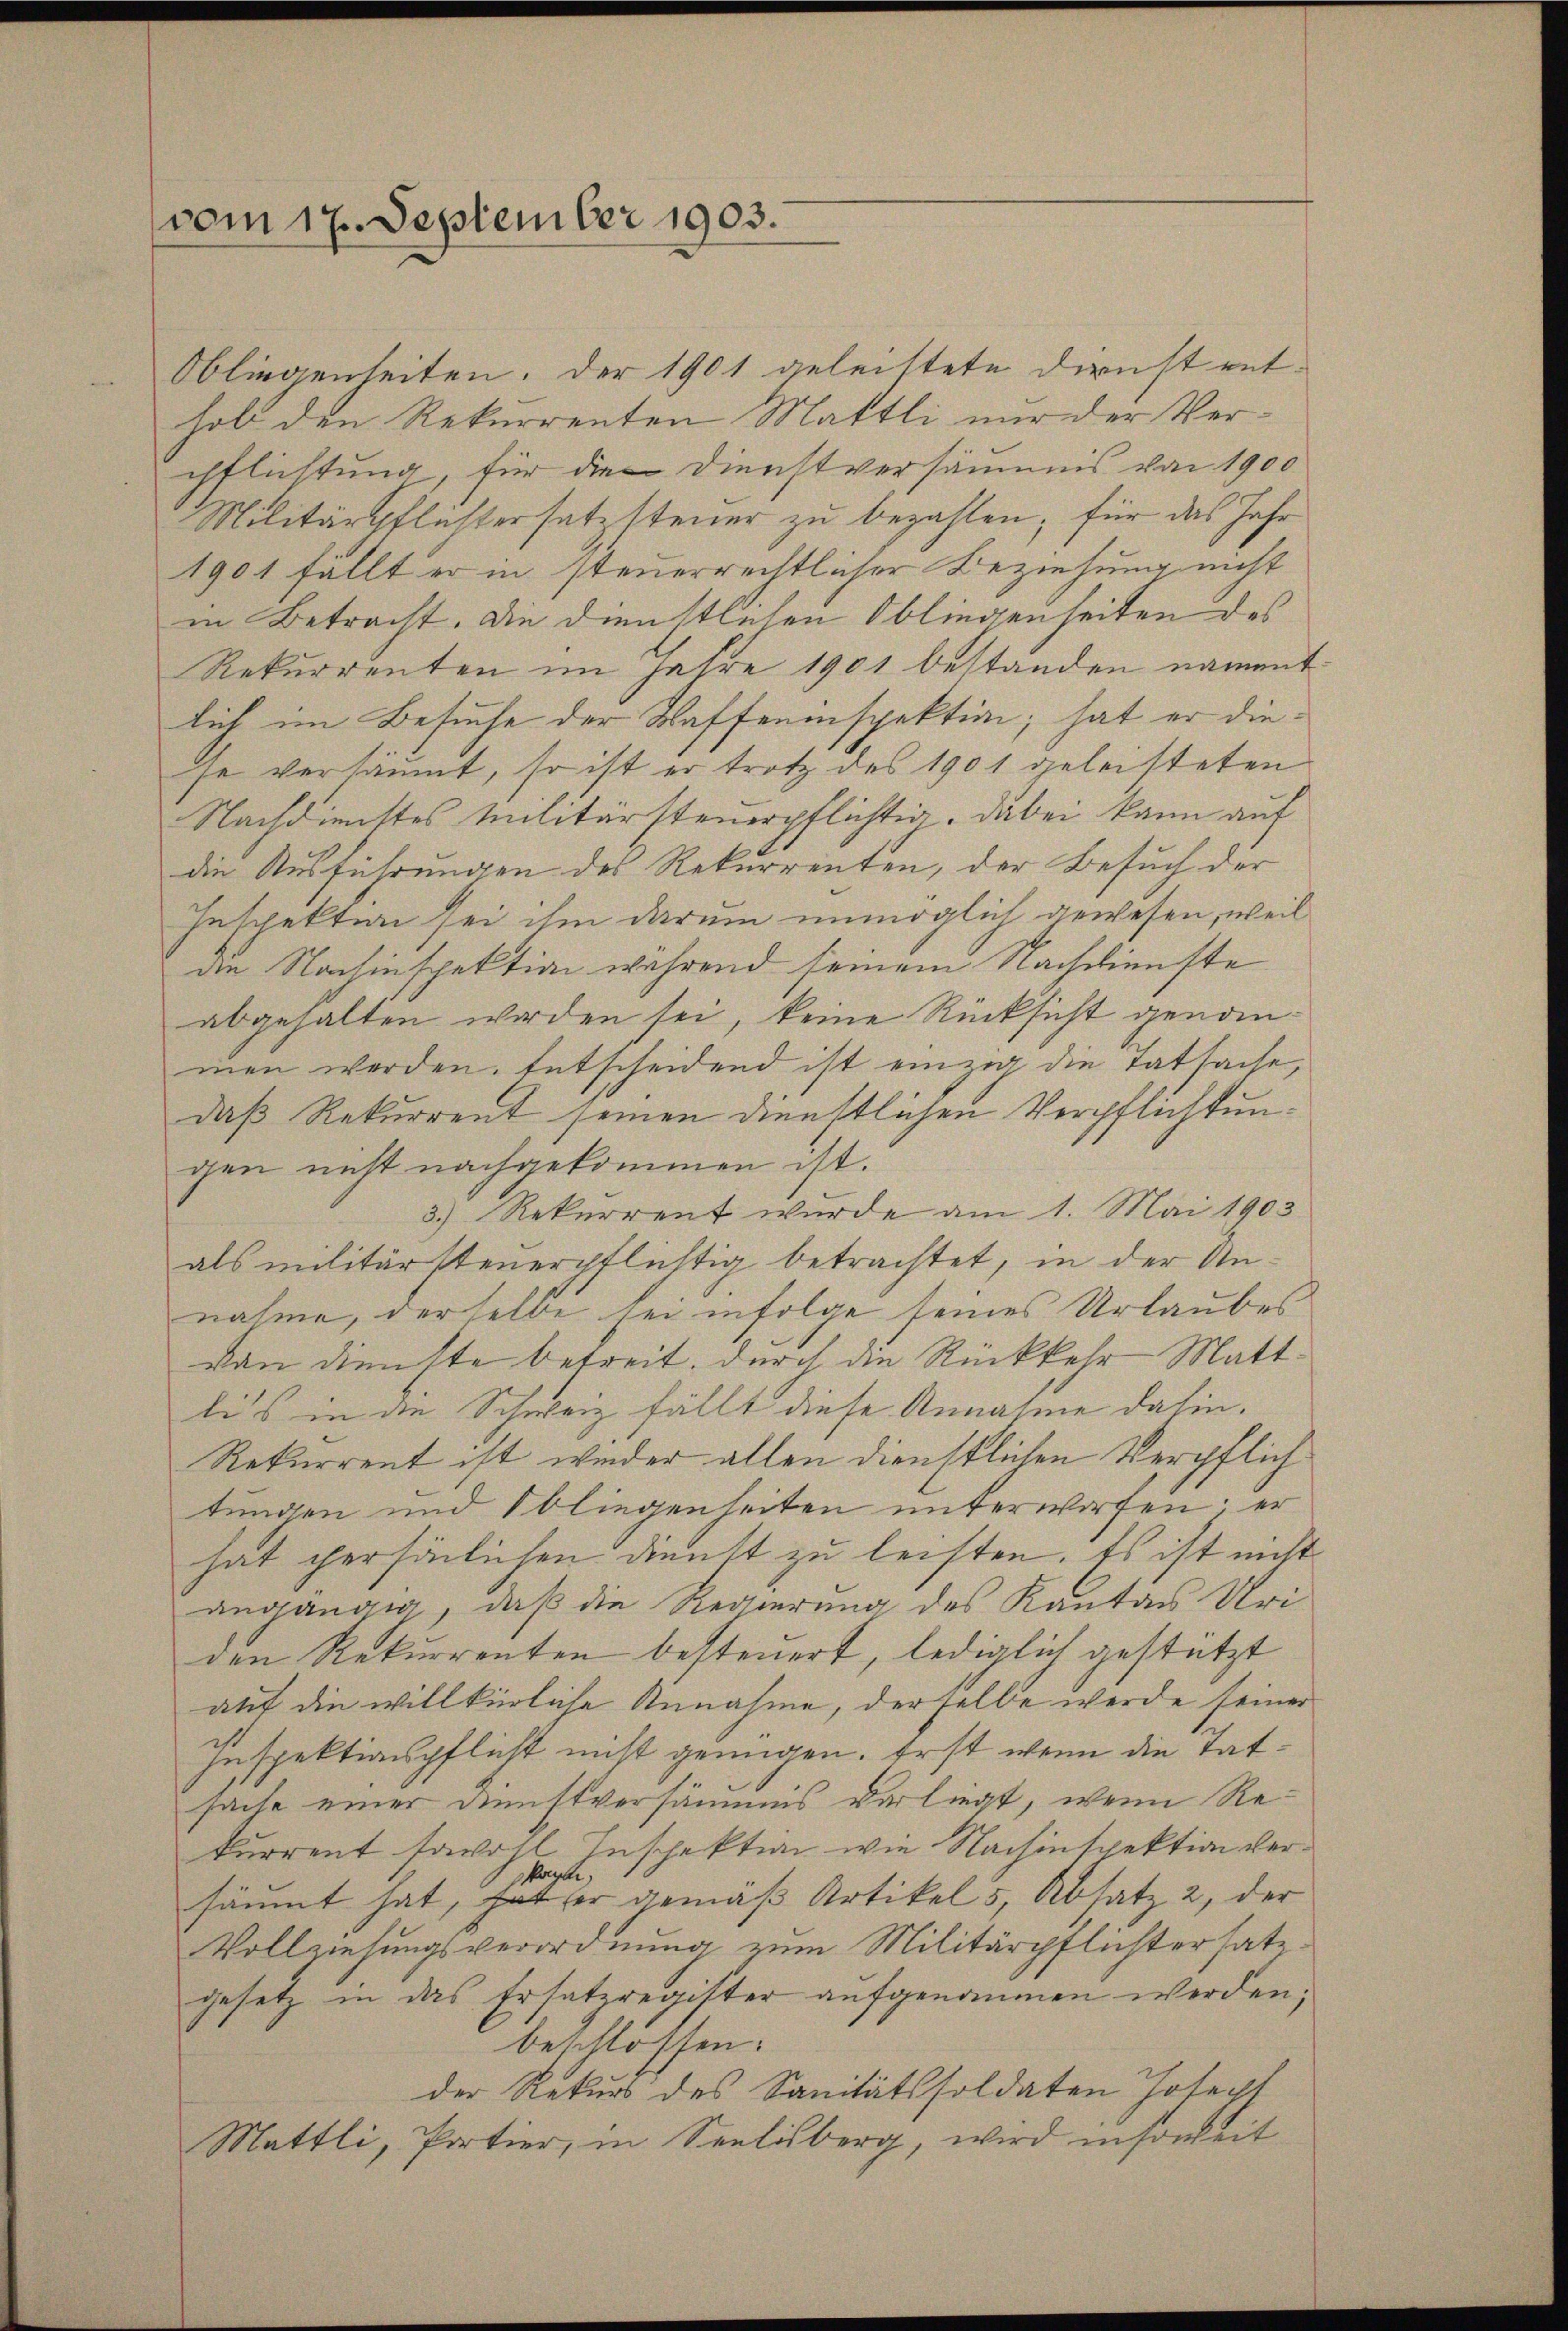
vom 17. September 1903.

Obliegenheiten. Der 1901 geleistete Dirnst ent-
hob den Rekurrenten Mattli nur der Verpflichtung, für die Dienstversäumis von 1900
Militärpflastersatz steuer zu bezahlen; für das Jahr
1901 fällt er in steuerrechtlicher Beziehung nicht
in Betracht. Die Dienstlichen Obliegenheiten des
Rekurrenten im Jahre 1901 bestanden namentlich im Besuche der Waffeninspektion; hat er die
se versäumt, so ist er trotz des 1901 geleisteten
Nachdienstes Militärsteuerpflichtig, dabei kann auf
die Ausführungen des Rekurrenten, der Besuch der
Inspektion sei ihm darum unmöglich gewesen, weil
die Nachinspektion während seinem Nachdienste
abgehalten worden sei, keine Rücksicht genommen werden. Entscheidend ist einzig die Tatsache,
daß Rekurrent seinen dienstlichen Verpflichtungen nicht nachgekommen ist.
3.) Rekurrent wurde am 1. Mai 1903
als militärsteuerpflichtig betrachtet, in der Unnahme, derselbe sei infolge seines Urlaubes
von dienste betreit, durch die Rückkehr Matt.
li’s in die Schweiz fällt diese Annahme dahin.
Rekurrent ist wieder allen dienstlichen Verpflich
tungen und Obliegenheiten unterworfen; er
hat persönlichen Dienst zu leisten. Es ist nicht
angangig, daß die Regierung des Kanton Uri
den Rekurrenten besteuert, lediglich gestützt
att die willkürliche Annahme, derselbe werde seiner
Inspektionspflicht nicht genügen. Erst wenn die Tatsache einer Dunstversammes verliegt, wenn Rekurrent sowohl Inspektion wie Nachenspektion ver¬
Kager,
säumt hat, hat er gemäß Artikel 5 Absatz 2, der
Vollziehungsverordnung vom Militärpflichtersatzgesetz in das Ersatzregister aufgenommen werden;
beschlossen:
der Rekurs des Sanitätssoldaten Joseph
Mattli, Portier, in Seelisberg, wird insoweit